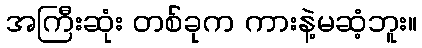
အကြီးဆုံး တစ်ခုက ကားနဲ့မဆံ့ဘူး။